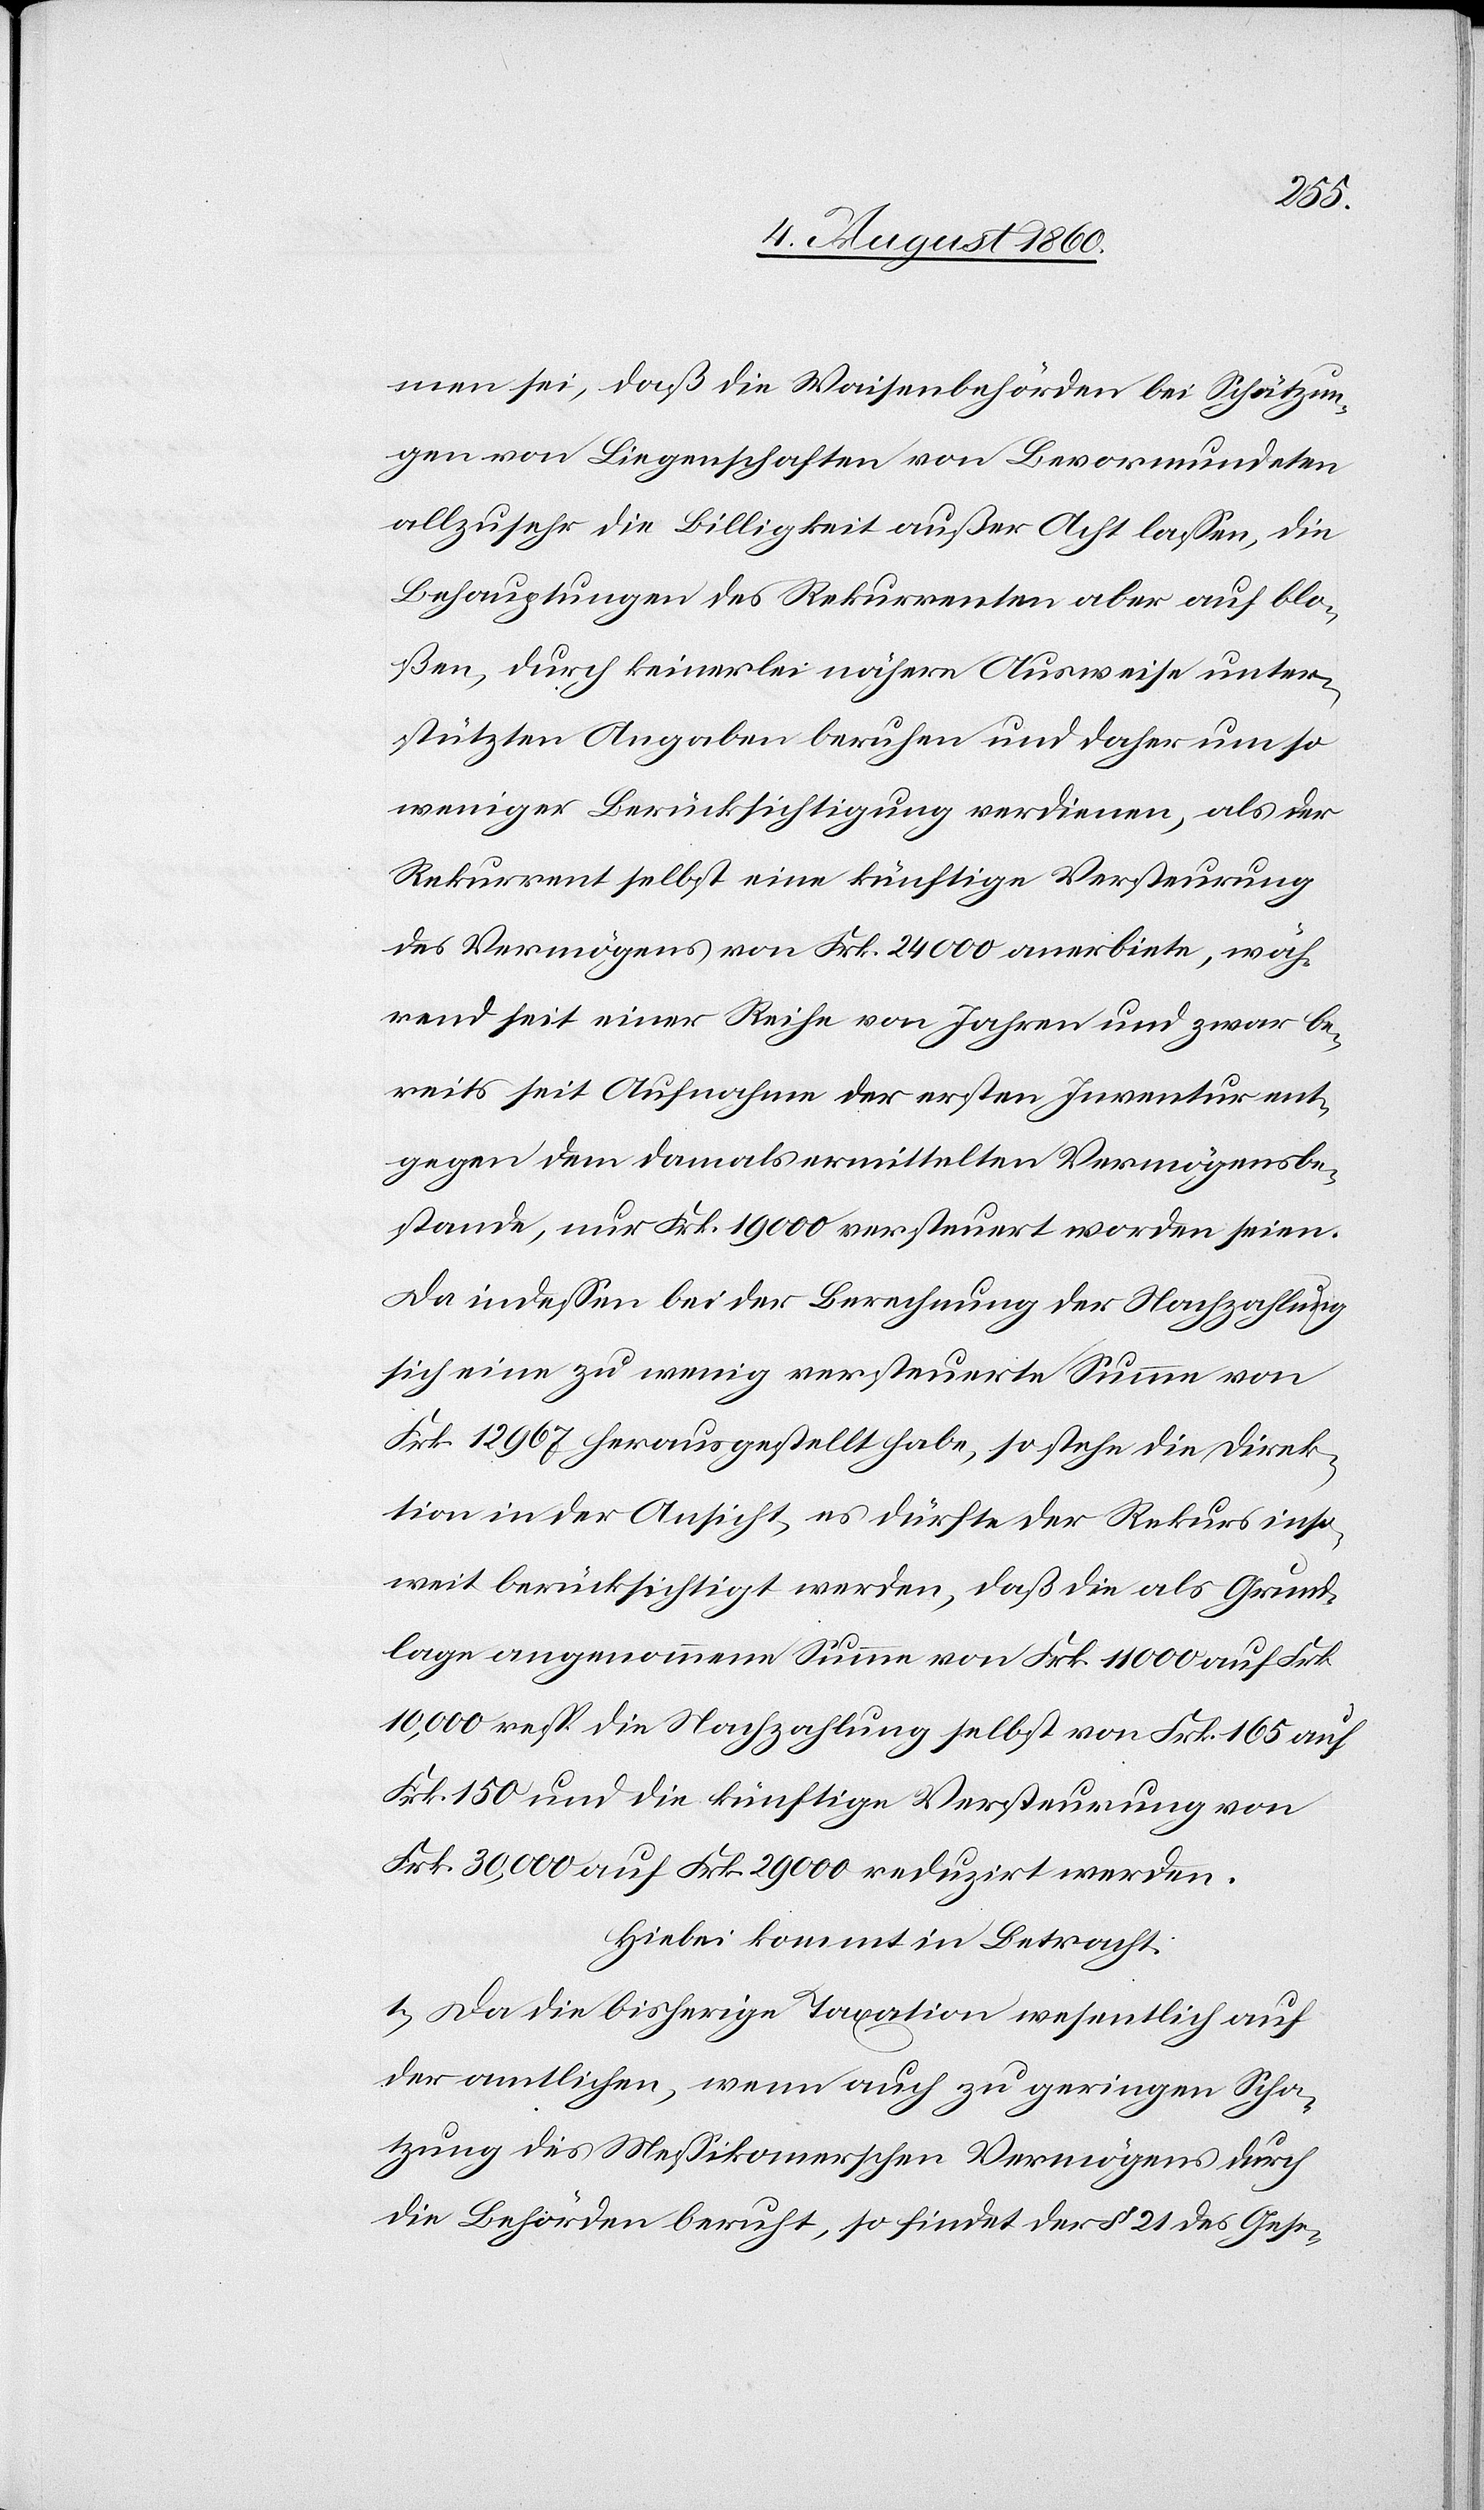
men sei, dass die Waisenbehörden bei Schätzun¬
gen von Liegenschaften von Bevormundeten
allzusehr die Billigkeit außer Acht lassen, die
Behauptungen des Rekurrenten aber auf blo¬
ssen, durch keinerlei nähern Ausweise unter¬
stützten Angaben beruhen und daher um so
weniger Berücksichtigung verdienen, als der
Rekurrent selbst eine künftige Versteurung
des Vermögens von fcs. 24 000 anerbiete, wäh¬
rend seit einer Reihe von Jahren und zwar be¬
reits seit Aufnahme der ersten Inventur ent¬
gegen dem damals ermittelten Vermögensbe¬
stande, nur Frk. 19,000 versteuert worden seien.
Da indessen bei der Berechnung der Nachzahlung
sich eine zu wenig versteuerte Summe von
fcs. 12,967 herausgestellt habe, so stehe die Direk¬
tion in der Ansicht, es dürfte der Rekurs inso¬
weit berücksichtigt werden, dass die als Grund¬
lage angenommene Summe von fcs. 11 000 auf Frk.
10 000 resp. die Nachzahlung selbst von Frk. 165 auf
Frk. 150 und die künftige Versteuerung von
Frk. 30,000 auf Frk. 29,000 reduzirt werden.
Hiebei kommt in Betracht:
1. Da die bisherige Taxation wesentlich auf
der amtlichen, wenn auch zu geringen Scha¬
zung des Messikomerschen Vermögens durch
die Behörden beruht, so findet der §. 21. des Gese-